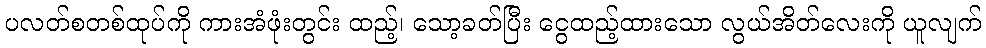
ပလတ်စတစ်ထုပ်ကို ကားအံဖုံးတွင်း ထည့်၊ သော့ခတ်ပြီး ငွေထည့်ထားသော လွယ်အိတ်လေးကို ယူလျက်